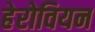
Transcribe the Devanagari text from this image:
हेरोवियन